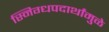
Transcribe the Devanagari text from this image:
स्निग्धपदार्थांमुळे